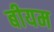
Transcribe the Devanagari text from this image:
बीयम